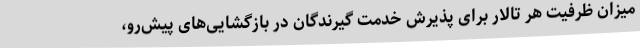
میزان ظرفیت هر تالار برای پذیرش خدمت گیرندگان در بازگشایی‌های پیش‌رو،